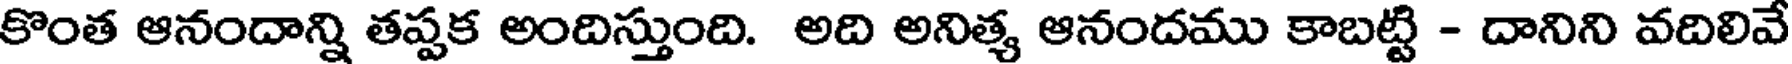
కొంత ఆనందాన్ని తప్పక అందిస్తుంది. అది అనిత్య ఆనందము కాబట్టి - దానిని వదిలివే